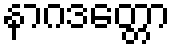
နာဂဒတ္တော